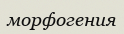
морфогения